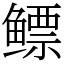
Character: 鳔